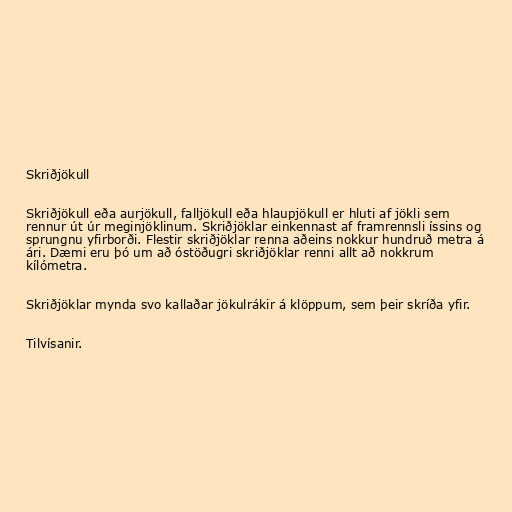
Skriðjökull

Skriðjökull eða aurjökull, falljökull eða hlaupjökull er hluti af jökli sem
rennur út úr meginjöklinum. Skriðjöklar einkennast af framrennsli íssins og
sprungnu yfirborði. Flestir skriðjöklar renna aðeins nokkur hundruð metra á
ári. Dæmi eru þó um að óstöðugri skriðjöklar renni allt að nokkrum
kílómetra.

Skriðjöklar mynda svo kallaðar jökulrákir á klöppum, sem þeir skríða yfir.

Tilvísanir.